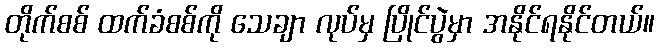
တိုက်စစ် ထက်ခံစစ်ကို သေချာ လုပ်မှ ပြိုင်ပွဲမှာ အနိုင်ရနိုင်တယ်။